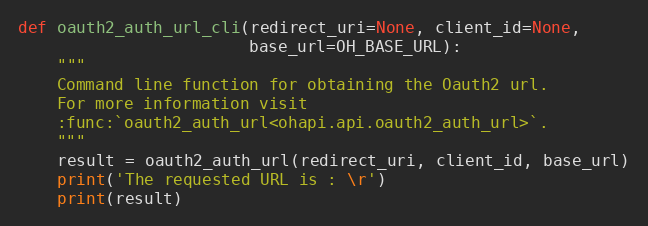
Language: Python
def oauth2_auth_url_cli(redirect_uri=None, client_id=None,
                        base_url=OH_BASE_URL):
    """
    Command line function for obtaining the Oauth2 url.
    For more information visit
    :func:`oauth2_auth_url<ohapi.api.oauth2_auth_url>`.
    """
    result = oauth2_auth_url(redirect_uri, client_id, base_url)
    print('The requested URL is : \r')
    print(result)